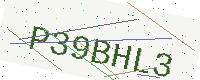
Text: P39BHL3